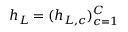
h _ { L } = ( h _ { L , c } ) _ { c = 1 } ^ { C }